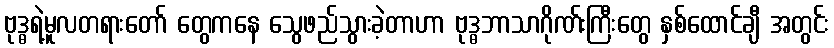
ဗုဒ္ဓရဲ့မူလတရားတော် တွေကနေ သွေဖည်သွားခဲ့တာဟာ ဗုဒ္ဓဘာသာဂိုဏ်းကြီးတွေ နှစ်ထောင်ချီ အတွင်း